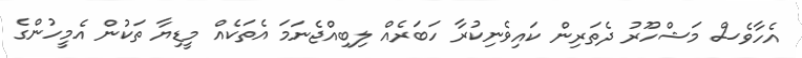
އެހާވެސް މަޝްހޫރު ދެތަރިން ކައިވެނިކުރާ ހަބަރެއް ލިބިއްޖެނަމަ އެތަކެއް މީޑިޔާ ތަކުން އެމީހުންގެ